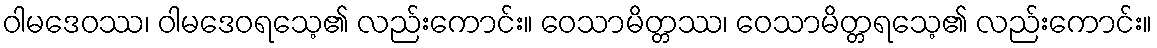
ဝါမဒေဝဿ၊ ဝါမဒေဝရသေ့၏ လည်းကောင်း။ ဝေသာမိတ္တဿ၊ ဝေသာမိတ္တရသေ့၏ လည်းကောင်း။